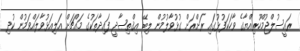
ރައީސުލްޖުމްހޫރިއްޔާގެ ވާހަކަފުޅުގައި ރަށްރަށް ގުޅުވާލުމުން ލިބޭ އިޤްތިޞާދީ ފައިދާތަކުގެ މައްޗަށް އަލިއަޅުވާލައްވަމުން ކުދި